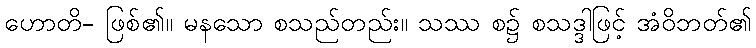
ဟောတိ- ဖြစ်၏။ မနသော စသည်တည်း။ သဿ စ၌ စသဒ္ဒါဖြင့် အံဝိဘတ်၏